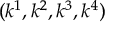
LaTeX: ( k ^ { 1 } , k ^ { 2 } , k ^ { 3 } , k ^ { 4 } )